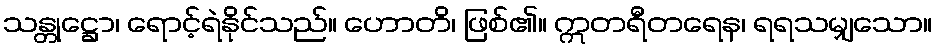
သန္တုဋ္ဌော၊ ရောင့်ရဲနိုင်သည်။ ဟောတိ၊ ဖြစ်၏။ ဣတရီတရေန၊ ရရသမျှသော။